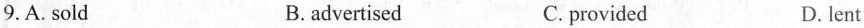
9.A.sold B. advertised C. provided D. lent